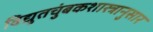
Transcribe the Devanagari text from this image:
विद्युतचुंबकशास्त्रानुसार